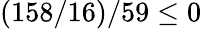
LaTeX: (158/16)/59\leq 0